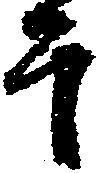
于